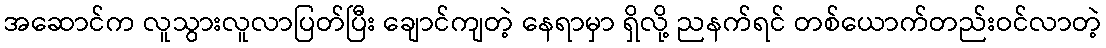
အဆောင်က လူသွားလူလာပြတ်ပြီး ချောင်ကျတဲ့ နေရာမှာ ရှိလို့ ညနက်ရင် တစ်ယောက်တည်းဝင်လာတဲ့